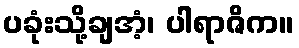
ပခုံးသို့ချအံ့၊ ပါရာဇိက။